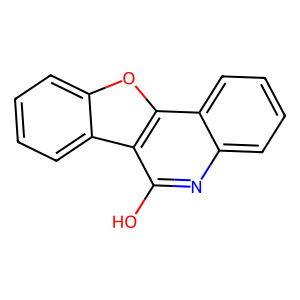
SMILES: Oc1nc2ccccc2c2oc3ccccc3c12
Inhibits HIV replication: No